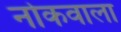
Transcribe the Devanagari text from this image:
नोकवाला